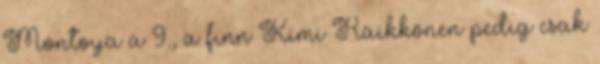
Montoya a 9., a finn Kimi Räikkönen pedig csak